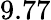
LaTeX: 9.77